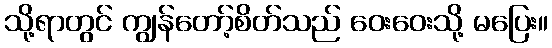
သို့ရာတွင် ကျွန်တော့်စိတ်သည် ဝေးဝေးသို့ မပြေး။